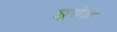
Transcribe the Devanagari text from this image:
ह्यूरोज़